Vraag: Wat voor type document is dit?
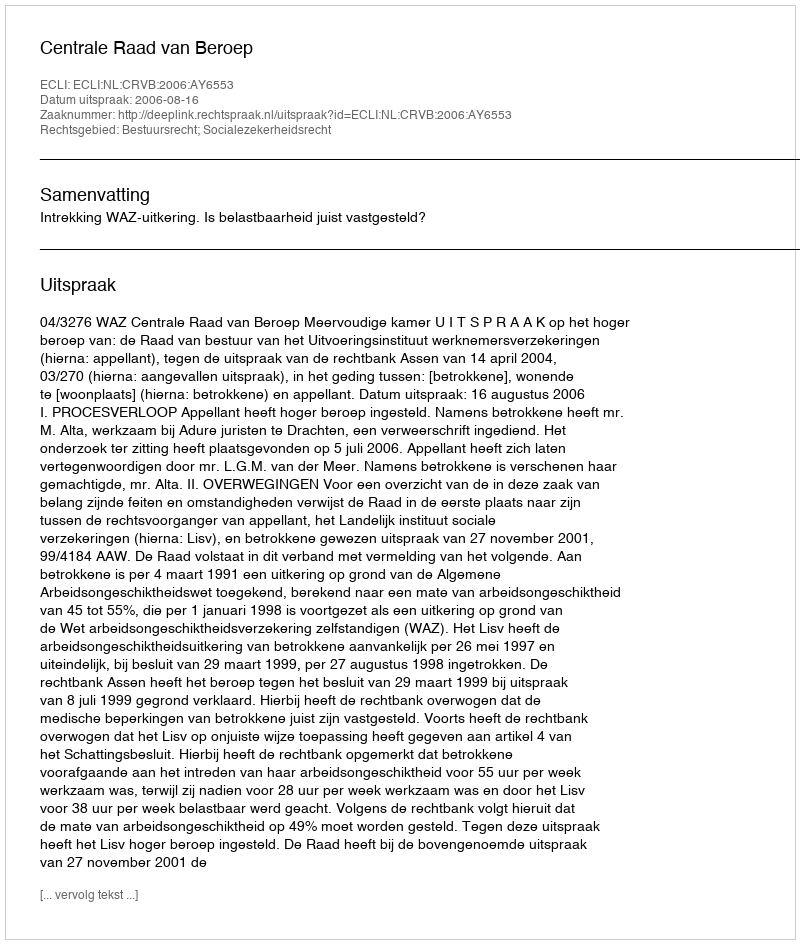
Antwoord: Uitspraak